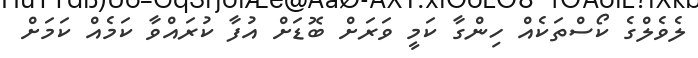
ލެވެލްގެ ކޯސްތަކެއް ހިންގާ ކަމީ ވަރަށް ބޮޑަށް އުފާ ކުރައްވާ ކަމެއް ކަމަށް